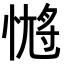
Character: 𭝹